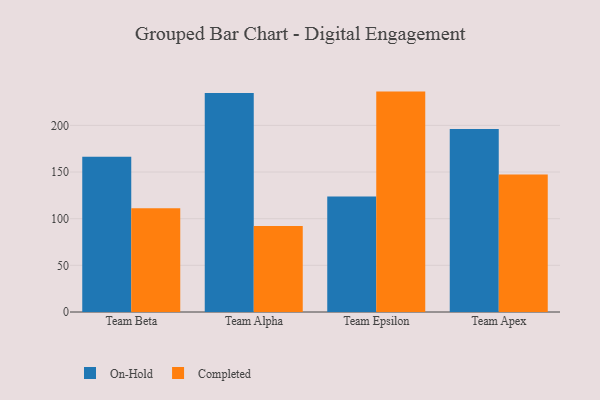
{"axis": {"x": "Team", "y": "Operating Costs (USD K)"}, "legend": ["Completed", "On-Hold"], "data": [{"x": "Team Beta", "y": 166.3, "type": "On-Hold"}, {"x": "Team Beta", "y": 111.1, "type": "Completed"}, {"x": "Team Alpha", "y": 234.6, "type": "On-Hold"}, {"x": "Team Alpha", "y": 92.2, "type": "Completed"}, {"x": "Team Epsilon", "y": 123.8, "type": "On-Hold"}, {"x": "Team Epsilon", "y": 236.2, "type": "Completed"}, {"x": "Team Apex", "y": 196.2, "type": "On-Hold"}, {"x": "Team Apex", "y": 147.4, "type": "Completed"}]}